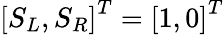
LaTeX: \left[S_{L},S_{R}\right]^{T}=\left[1,0\right]^{T}